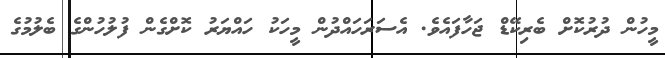
މީހުން ދުރުކޮށް ބެރިކޭޑް ޖަހާފައެވެ. އެސަރަހައްދުން މީހަކު ހައްޔަރު ކޮށްގެން ފުލުހުންގެ ބެލުމުގެ